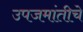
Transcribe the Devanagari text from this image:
उपजमांतीचे